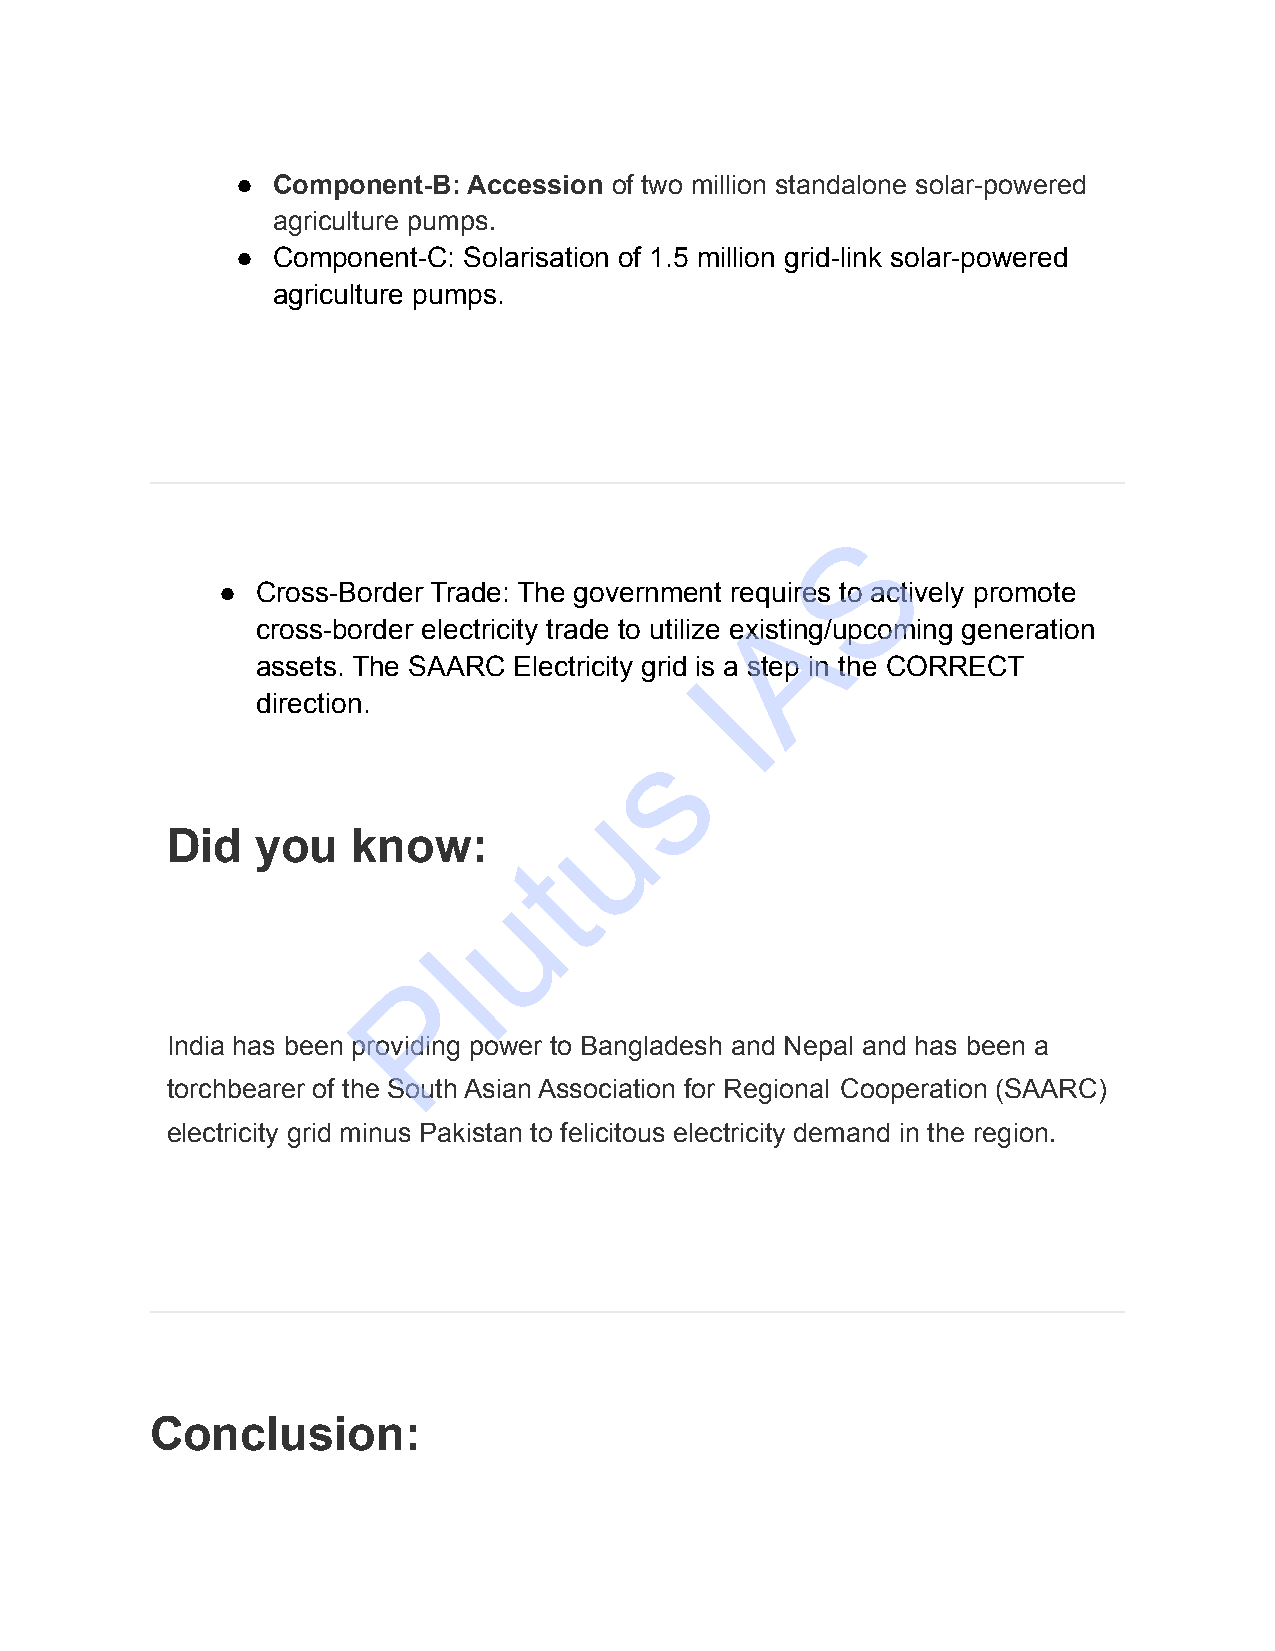
● Component-B: Accession of two million standalone solar-powered
 agriculture pumps.
 ● Component-C: Solarisation of 1.5 million grid-link solar-powered
 agriculture pumps.
 S
 ●  Cross-Border Trade: The government requires to actively promote
 A
 cross-border electricity trade to utilize existing/upcoming generation
 assets. The SAARC Electricity grid is a step in the CORRECT
 I
 direction.
 s
 u
 Did   you   know:
 t
 u
 l
 P
 India has been providing power to Bangladesh and Nepal and has been a
 torchbearer of the South Asian Association for Regional Cooperation (SAARC)
 electricity grid minus Pakistan to felicitous electricity demand in the region.
 Conclusion: